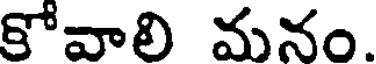
కోవాలి మనం.